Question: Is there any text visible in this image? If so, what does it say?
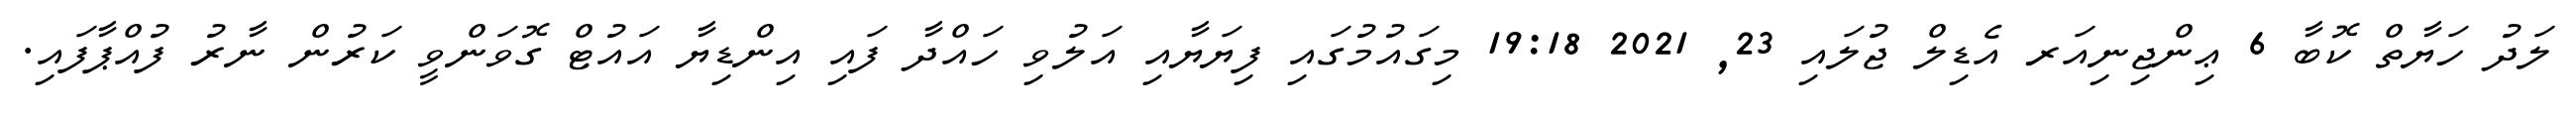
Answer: ލަދު ހަޔާތް ކޮބާ 6 ޢިންޖިނިއަރ އެޑިލް ޖުލައި 23, 2021 19:18 މިގައުމުގައި ފިޔަޔާއި އަލުވި ހައްދާ ފައި އިންޑިޔާ އައުޓް ގޮވަންވީ ކަރުން ނާރު ފުއްޕާފައި.